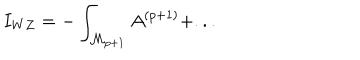
I _ { W Z } = - \int _ { { \cal M } _ { p + 1 } } A ^ { ( p + 1 ) } + . . .